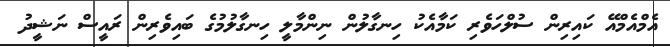
އެމްއެމްއޭ ކައިރިން ސުލްހަވެރި ކަމާއެކު ހިނގާލުން ނިންމާލީ ހިނގާލުމުގެ ބައިވެރިން ރައީސް ނަޝީދު